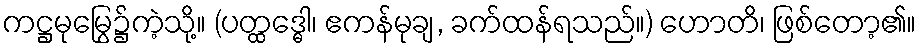
ကဋ္ဌမုမြွေ၌ကဲ့သို့။ (ပတ္ထဒ္ဓေါ၊ ဧကန်မုချ, ခက်ထန်ရသည်။) ဟောတိ၊ ဖြစ်တော့၏။